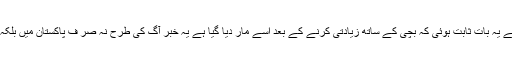
لاش کے پوسٹ ماٹم سے یہ بات ثابت ہوئی کہ بچی کے ساتھ زیادتی کرنے کے بعد اسے مار دیا گیا ہے یہ خبر آگ کی طرح نہ صر ف پاکستان میں بلکہ دنیا بھر میں پھیل گئی۔